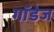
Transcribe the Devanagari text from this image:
गॉडेज